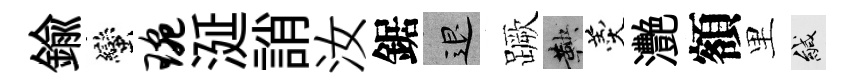
鍮蠻琬涎誚汝鋸退蹶鞅羹灧額里緘